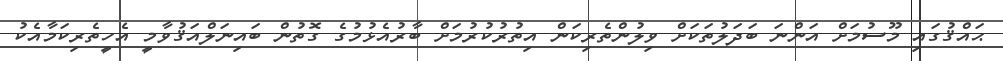
ޙައްޤުގައި މޫސުމަށް އަންނަ ބަދަލުތަކަށް ވިލުންތެރިކަން އިތުރުކުރުމަށް ބާރުއެޅުމުގެ ގޮތުން ބައިނަލްއަޤުވާމީ އެހީތެރިކަމާއެކު